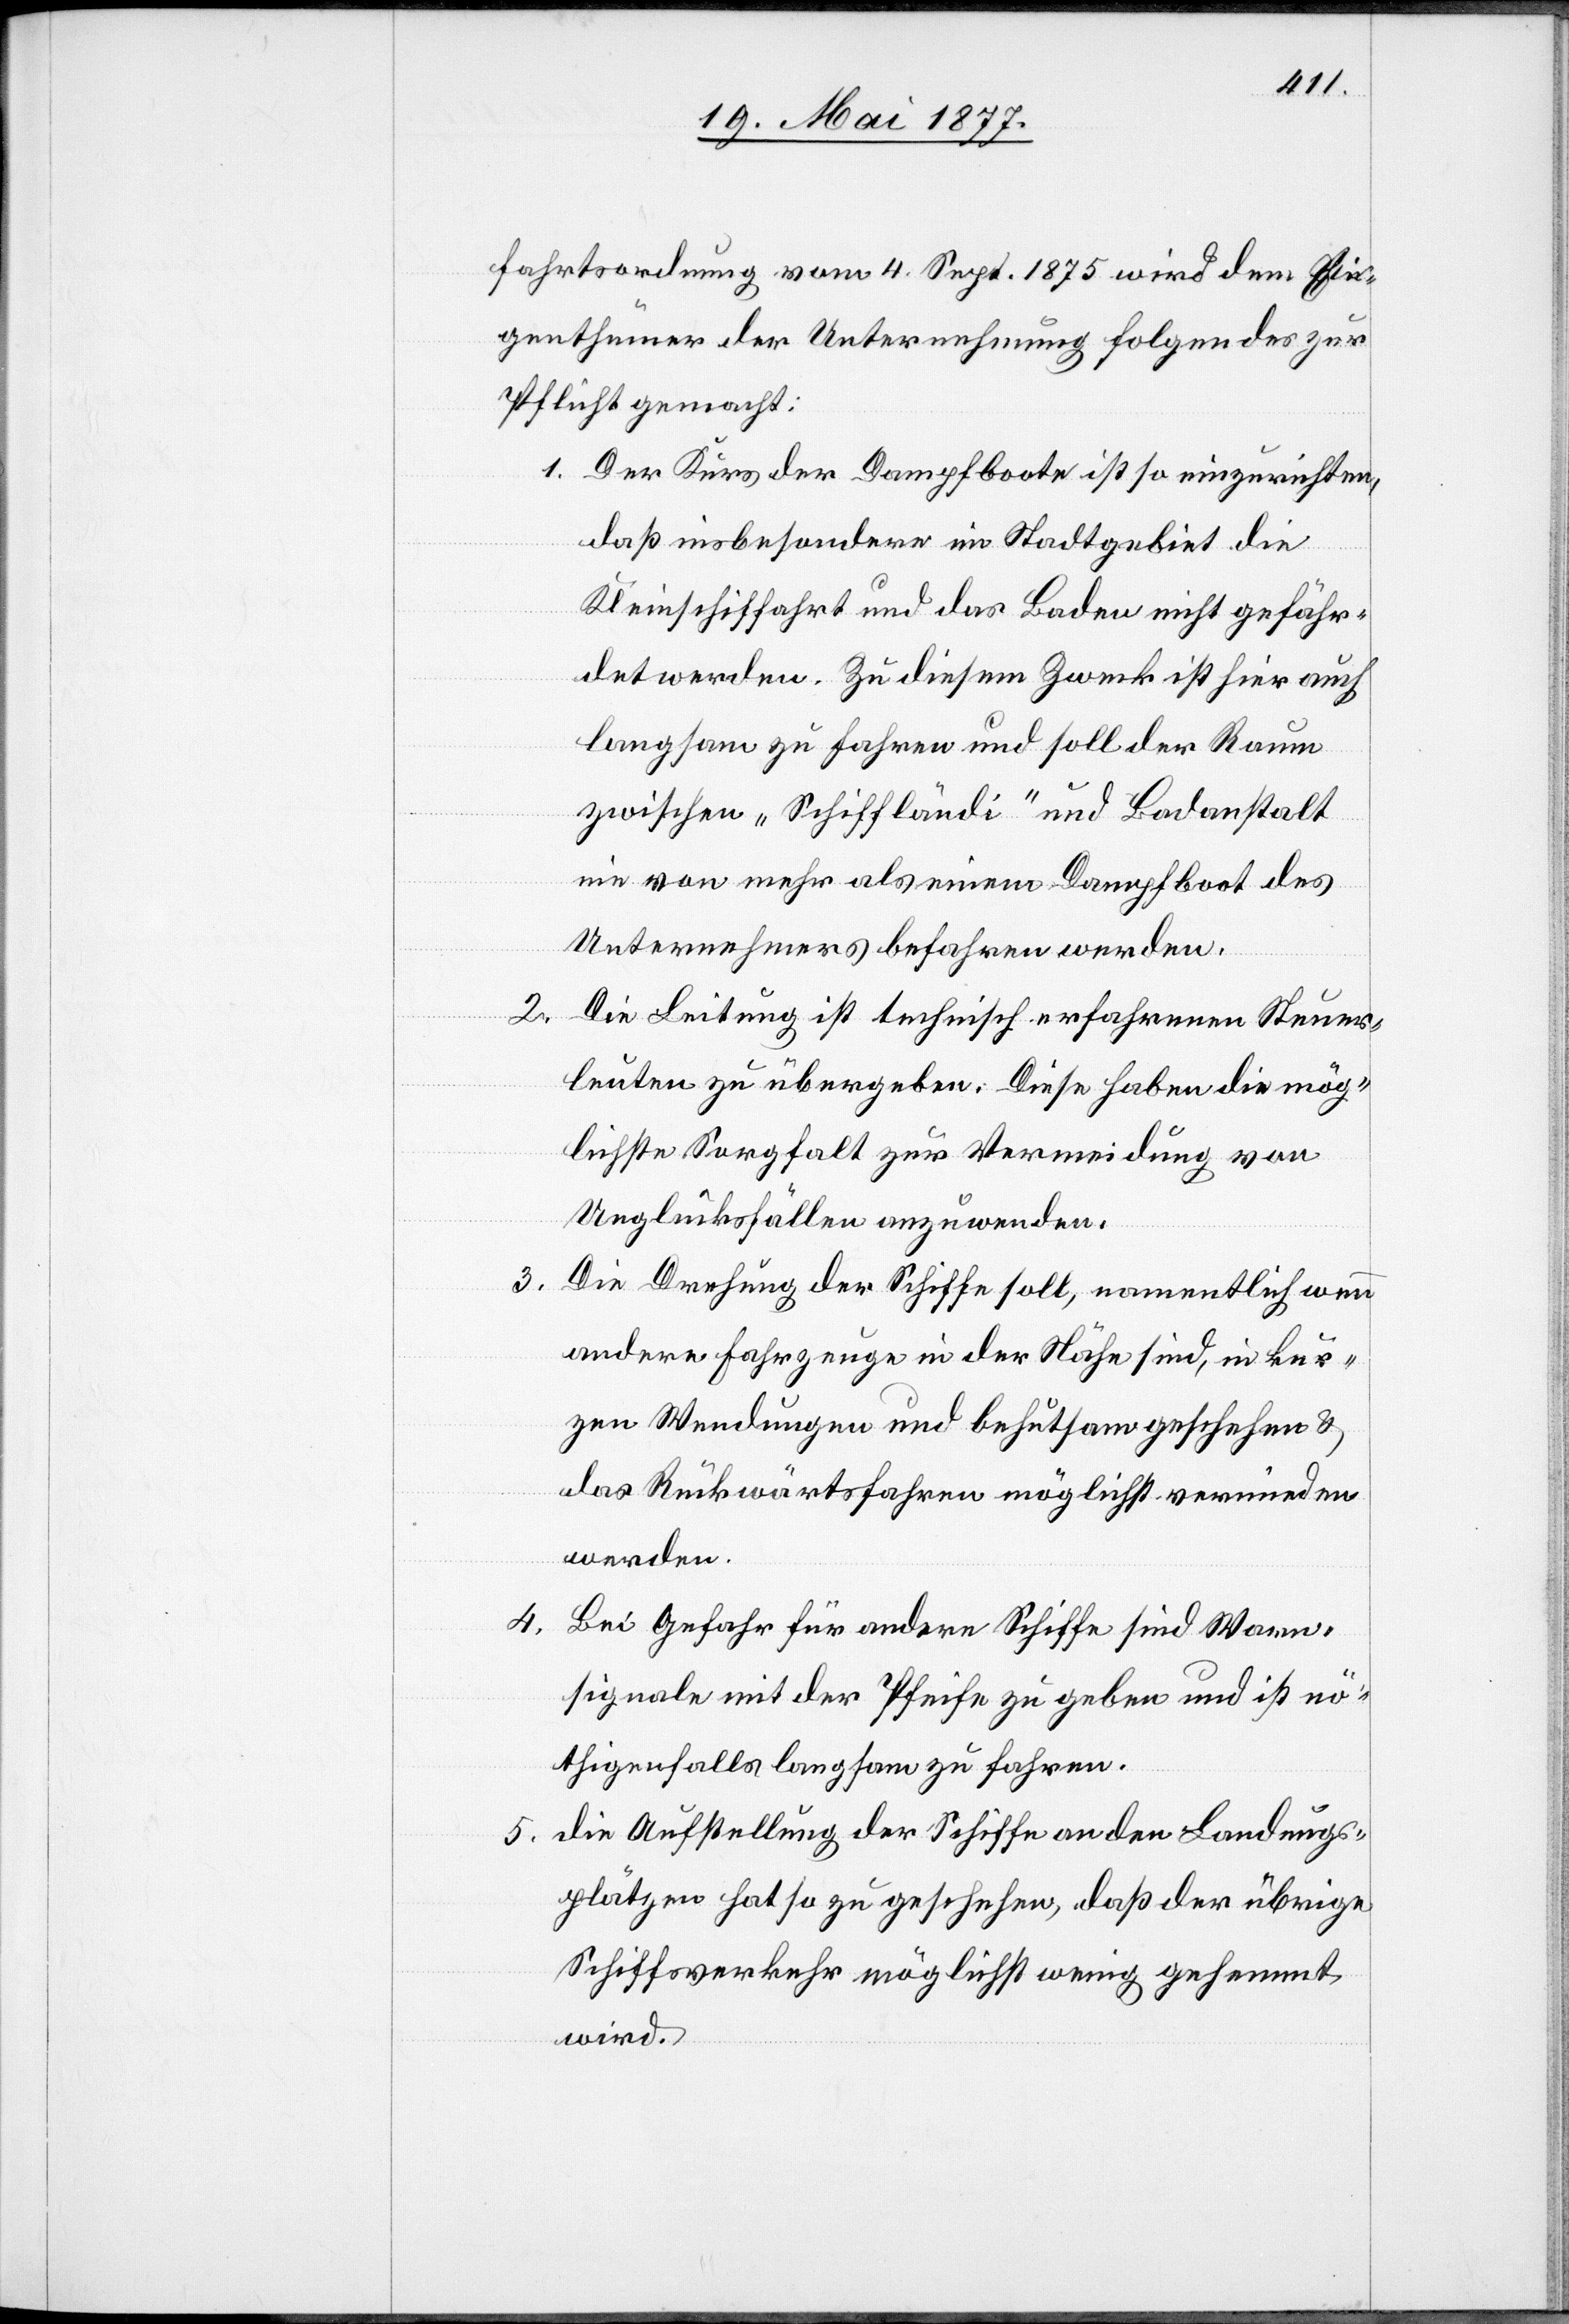
fahrtsordnung vom 4. Sept. 1875 wird dem Ei¬
genthümer der Unternehmung Folgendes zur
Pflicht gemacht:
1. Der Kurs der Dampfboote ist so einzurichten,
daß insbesondere im Stadtgebiet die
Kleinschiffahrt und das Baden nicht gefähr¬
det werden. Zu diesem Zweck ist hier auch
langsam zu fahren und soll der Raum
zwischen „Schiffländi“ und Badanstalt
nie von mehr als einem Dampfboot des
Unternehmers befahren werden.
2.
Die Leitung ist technisch erfahrenen Steuer¬
leuten zu übergeben. Diese haben die mög¬
lichste Sorgfalt zur Vermeidung von
Unglücksfällen anzuwenden.
3.
Die Drehung der Schiffe soll, namentlich wenn
andere Fahrzeuge in der Nähe sind, in kur¬
zen Wendungen und behutsam geschehen &
das Rückwärtsfahren möglichst vermieden
werden.
4. Bei Gefahr für andere Schiffe sind Warn¬
signale mit der Pfeife zu geben und ist nö¬
thigenfalls langsam zu fahren.
5. Die Aufstellung der Schiffe an den Landungs¬
plätzen hat so zu geschehen, daß der übrige
Schiffsverkehr möglichst wenig gehemmt
wird.